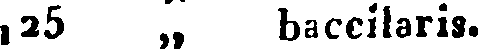
,25 „ baccilaris.